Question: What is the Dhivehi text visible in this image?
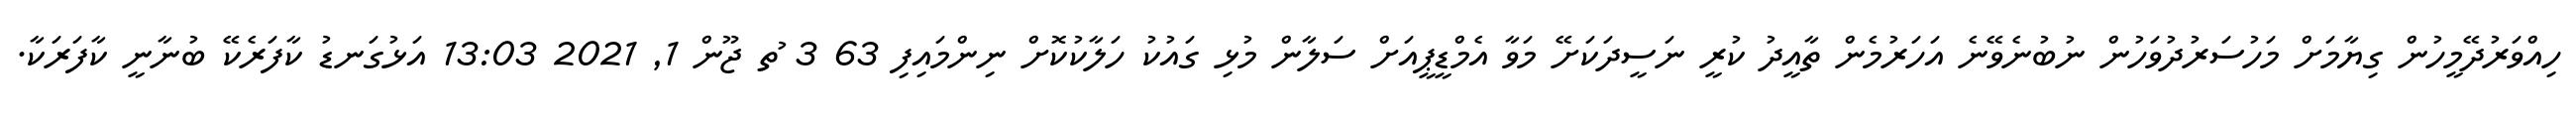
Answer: ހިއްވަރުދޭމީހުން ގިޔާމަށް މަހުސަރުދުވަހުން ނުބުނެވޭނެ އަހަރުމެން ތާއީދު ކުރީ ނަސީދަކަށޭ މަވާ އެމްޑީޕީއަށް ސަލާން މުޅި ގައުކު ހަލާކުކޮށް ނިންމައިފި 63 3 ުތ ޖޫން 1, 2021 13:03 އަޅުގަނޑު ކާފަރެކޭ ބުނާނީ ކާފަރަކާ.